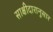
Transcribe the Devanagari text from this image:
साक्षीदारानुसार